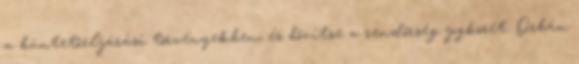
a büntetőeljárási törvényekben, és bővítse a rendőrség jogkörét. Orbán